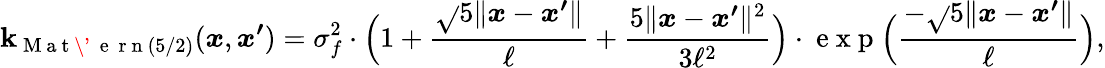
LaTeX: \mathbf{k}_{\mathrm{{~M~a~t~\'{~}{~e~}~r~n~}}(5/2)}(\boldsymbol{x},\boldsymbol{x^{\prime}})=\sigma_{f}^{2}\cdot\Big(1+\frac{{\sqrt{}{{5}}\lVert\boldsymbol{x}-\boldsymbol{x^{\prime}}\rVert}}{{\ell}}+\frac{{5\lVert\boldsymbol{x}-\boldsymbol{x^{\prime}}\rVert^{2}}}{{3\ell^{2}}}\Big)\cdot\mathrm{{~e~x~p~}}\Big(\frac{{-\sqrt{}{{5}}\lVert\boldsymbol{x}-\boldsymbol{x^{\prime}}\rVert}}{{\ell}}\Big),